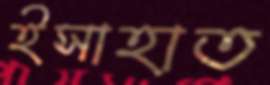
ইসাহাত